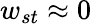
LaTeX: w_{st}\approx 0